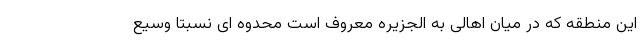
این منطقه که در میان اهالی به الجزیره معروف است محدوه ای نسبتا وسیع